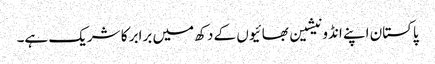
پاکستان اپنے انڈونیشین بھائیوں کے دکھ میں برابر کا شریک ہے۔